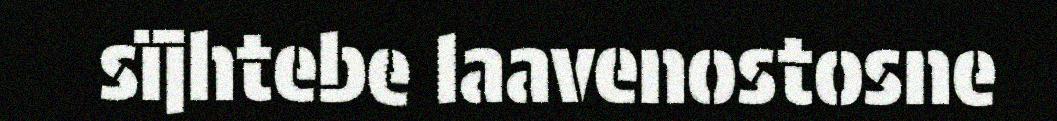
sïjhtebe laavenostosne